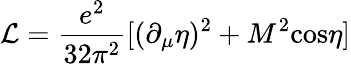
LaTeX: {\cal L}=\frac{e^{2}}{32\pi^{2}}[(\partial_{\mu}\eta)^{2}+M^{2}\mathrm{cos}\eta]